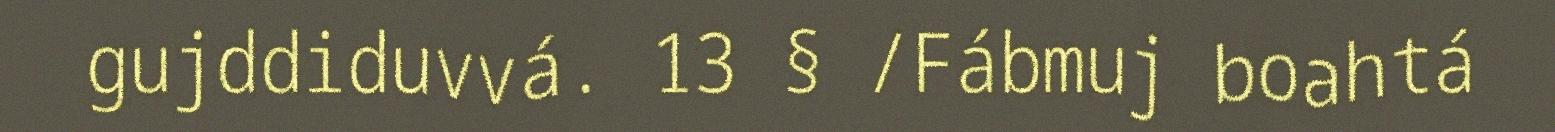
gujddiduvvá. 13 § /Fábmuj boahtá